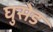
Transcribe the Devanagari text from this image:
घुसेड